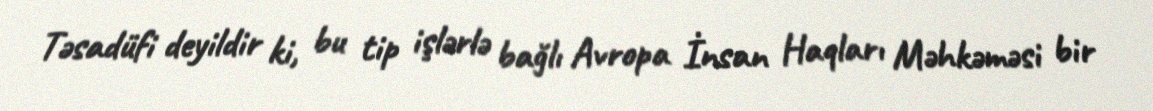
Təsadüfi deyildir ki, bu tip işlərlə bağlı Avropa İnsan Haqları Məhkəməsi bir